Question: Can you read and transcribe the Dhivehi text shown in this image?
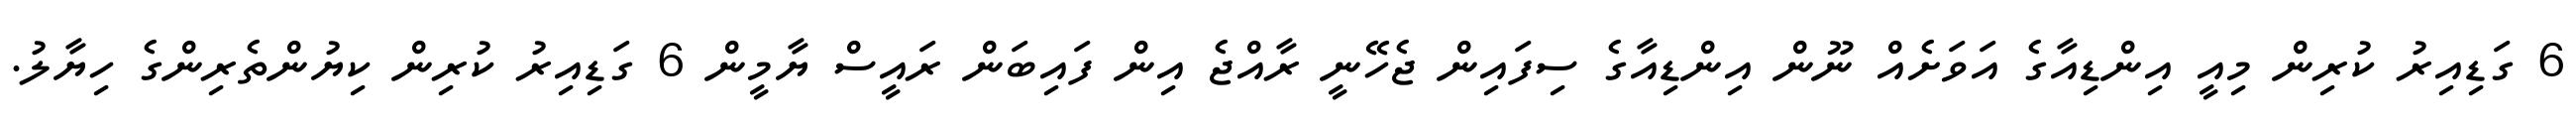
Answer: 6 ގަޑިއިރު ކުރިން މިއީ އިންޑިއާގެ އަވަށެއް ނޫން އިންޑިއާގެ ސިފައިން ޖެހޭނީ ރާއްޖެ އިން ފައިބަން ރައީސް ޔާމީން 6 ގަޑިއިރު ކުރިން ކިޔުންތެރިންގެ ހިޔާލު.